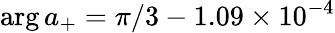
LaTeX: \arg a_{+}=\pi/3-1.09\times 10^{-4}